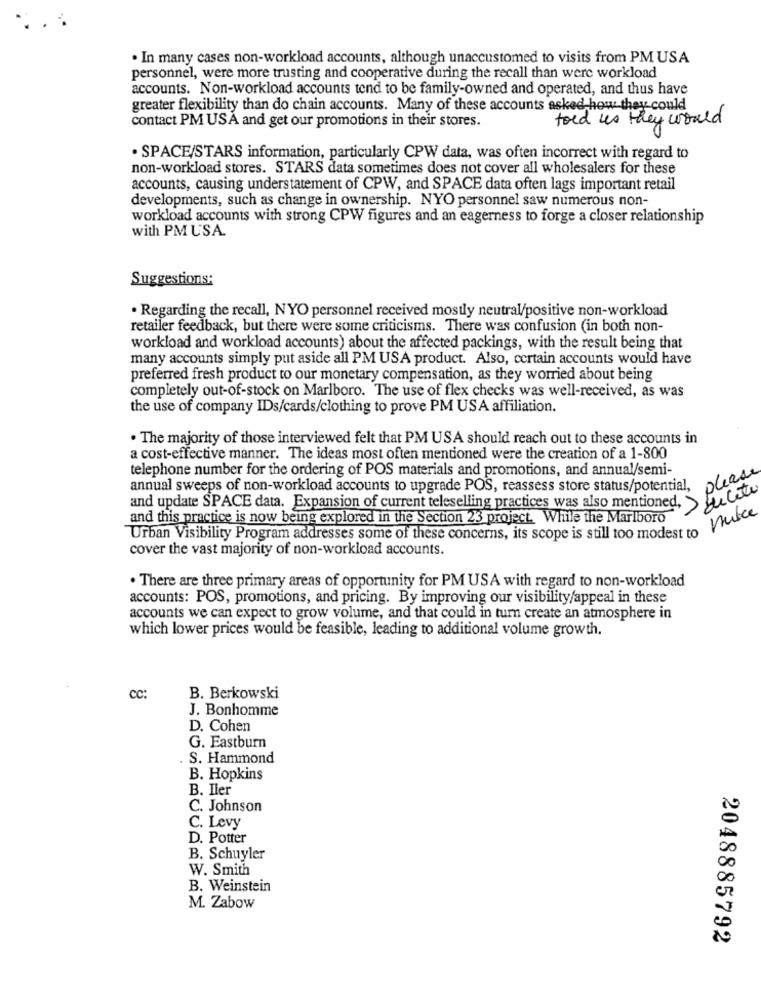
. In many cases non-workload accounts, although unaccustomed to visits from PM USA
personnel, were more trusting and cooperative during the recall than were workload
accounts. Non-workload accounts tend to be family-owned and operated, and thus have
greater flexibility than do chain accounts. Many of these accounts asked how they could
contact PM USA and get our promotions in their stores.
told us they would
· SPACE/STARS information, particularly CPW data, was often incorrect with regard to
non-workload stores. STARS data sometimes does not cover all wholesalers for these
accounts, causing understatement of CPW, and SPACE data often lags important retail
developments, such as change in ownership. NYO personnel saw numerous non-
workload accounts with strong CPW figures and an eagerness to forge a closer relationship
with PM USA
Suggestions:
· Regarding the recall, NYO personnel received mostly neutral/positive non-workload
retailer feedback, but there were some criticisms. There was confusion (in both non-
workload and workload accounts) about the affected packings, with the result being that
many accounts simply put aside all PM USA product. Also, certain accounts would have
preferred fresh product to our monetary compensation, as they worried about being
completely out-of-stock on Marlboro. The use of flex checks was well-received, as was
the use of company IDs/cards/clothing to prove PM USA affiliation.
. The majority of those interviewed felt that PM USA should reach out to these accounts in
a cost-effective manner. The ideas most often mentioned were the creation of a 1-800
telephone number for the ordering of POS materials and promotions, and annual/semi-
please
annual sweeps of non-workload accounts to upgrade POS, reassess store status/potential,
> delete
and update SPACE data. Expansion of current teleselling practices was also mentioned,
and this practice is now being explored in the Section 23 project. While the Marlboro
Urban Visibility Program addresses some of these concerns, its scope is still too modest to
cover the vast majority of non-workload accounts.
. There are three primary areas of opportunity for PM USA with regard to non-workload
accounts: POS, promotions, and pricing. By improving our visibility/appeal in these
accounts we can expect to grow volume, and that could in turn create an atmosphere in
which lower prices would be feasible, leading to additional volume growth.
CC:
B. Berkowski
J. Bonhomme
D. Cohen
G. Eastburn
S. Hammond
B. Hopkins
B. Iler
C. Johnson
C. Levy
D. Potter
B. Schuyler
W. Smith
B. Weinstein
M. Zabow
2048885792